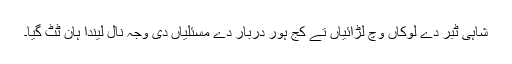
شاہی ٹبر دے لوکاں وچ لڑائیاں تے کج ہور دربار دے مسئلیاں دی وجہ نال لیندا ہان ٹٹ گیا۔